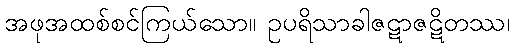
အဖုအထစ်စင်ကြယ်သော။ ဥပရိသာခါဇဋာဇဋိတဿ၊